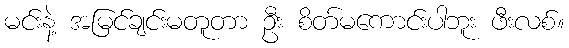
မင်းနဲ့ အမြင်ချင်းမတူတာ ဦး စိတ်မကောင်းပါဘူး ဖီးလစ်။